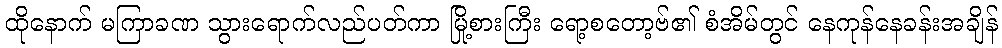
ထိုနောက် မကြာခဏ သွားရောက်လည်ပတ်ကာ မြို့စားကြီး ရော့စတော့ဗ်၏ စံအိမ်တွင် နေကုန်နေခန်းအချိန်